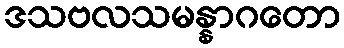
ဒသဗလသမန္နာဂတော